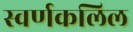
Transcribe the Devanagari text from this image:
स्वर्णकलिल